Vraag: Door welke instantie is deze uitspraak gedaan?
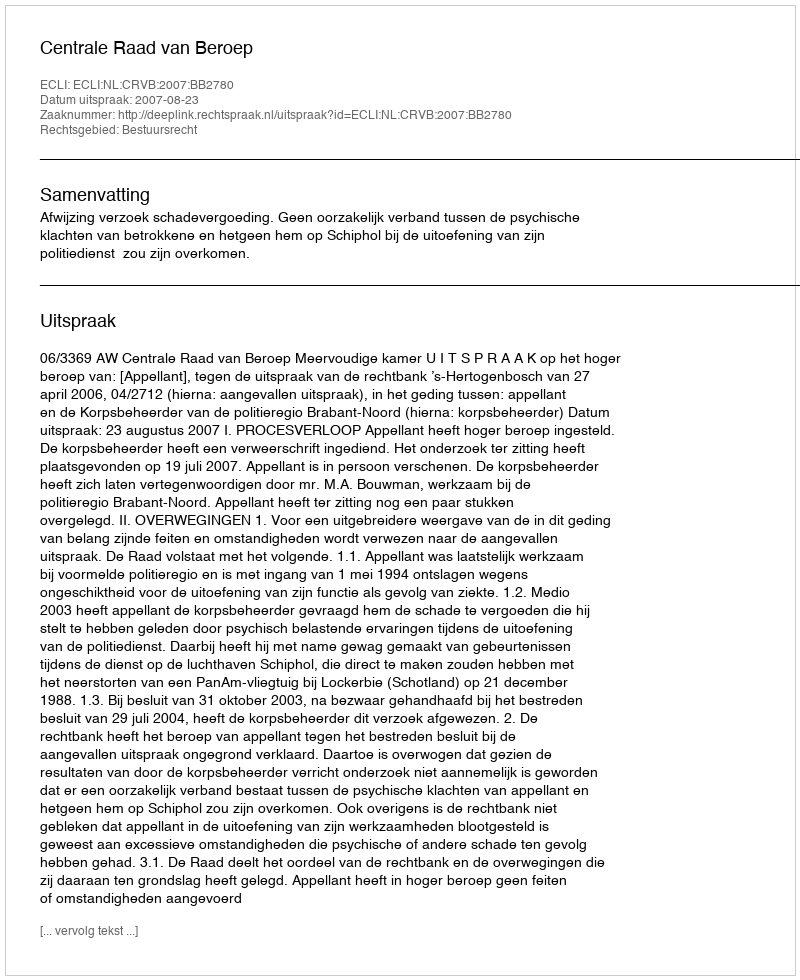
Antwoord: Centrale Raad van Beroep